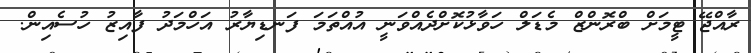
ރާއްޖޭ ޓީމަށް ބްރޮންޒް މެޑަލް ހަވާޅުކޮށްދެއްވަނީ އުއްތަމަ ފަނޑިޔާރު އަހްމަދު ފާއިޒު ހުސެއިން.